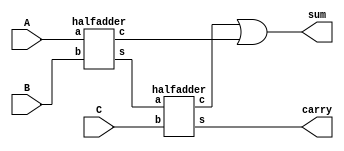
//20L118 HARIHARAN R R
module FA(input A,B,C,output sum,carry );
wire d0,b0,b1;
halfadder g1(A,B,d0,b0);
halfadder g2(d0,C,carry,b1);
or g3(sum,b1,b0);
endmodule

module halfadder(a,b,s,c);
input a,b;
output s,c;
//assign{c,s} =a+b; 
assign s=a^b;
assign c=a&b;
endmodule